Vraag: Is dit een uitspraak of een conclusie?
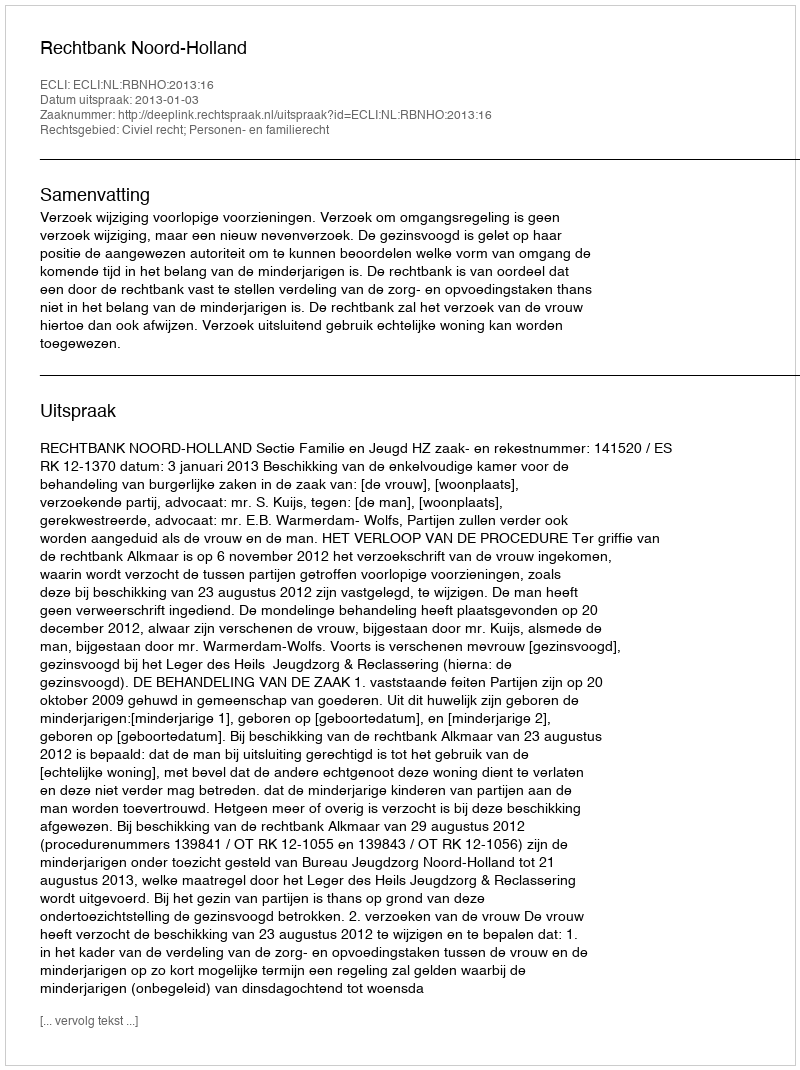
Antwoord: Uitspraak